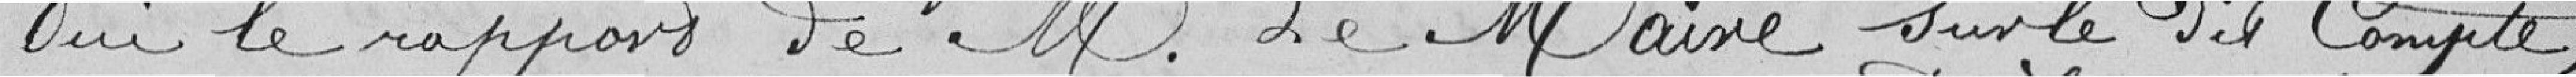
Oui le rapport de Monsieur le Maire sur le dit Compte.